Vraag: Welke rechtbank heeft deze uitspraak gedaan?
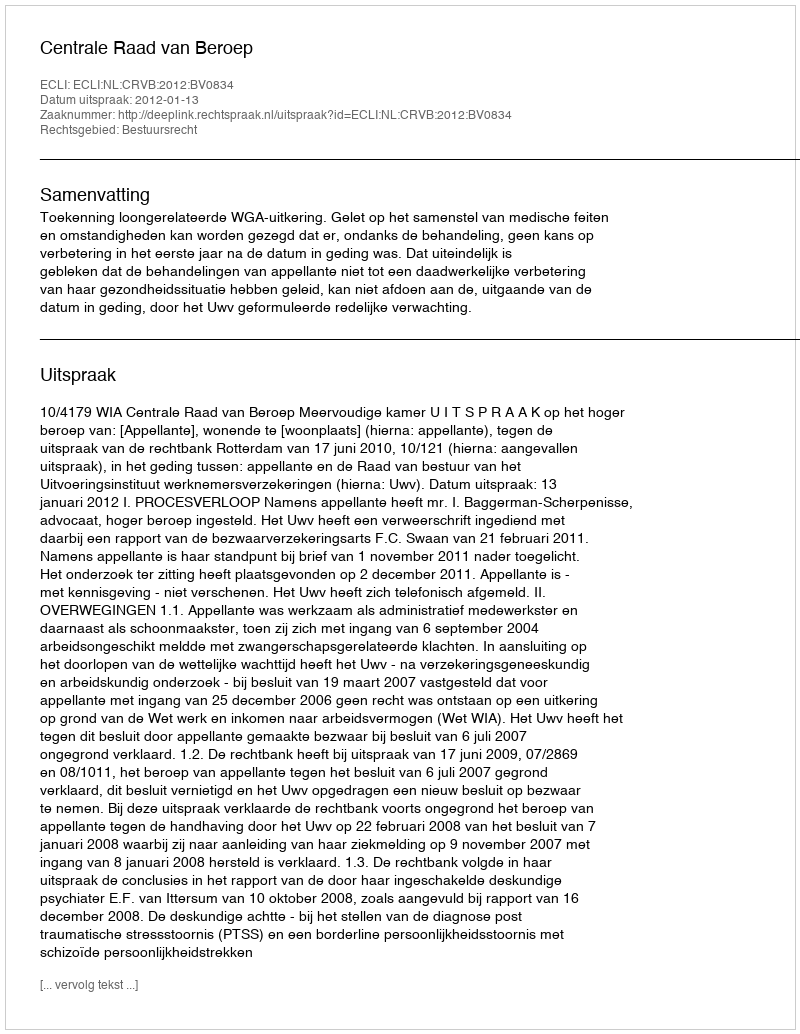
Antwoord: Centrale Raad van Beroep